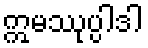
ဣမဿုပ္ပါဒါ